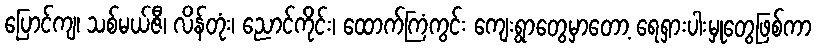
ပြောင်ကျ၊ သစ်မယ်ဇီ၊ လိန်တုံး၊ ညောင်ကိုင်း၊ ထောက်ကြံကွင်း ကျေးရွာတွေမှာတော့ ရေရှားပါးမှုတွေဖြစ်ကာ